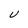
Character: U